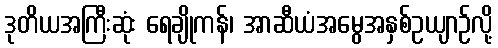
ဒုတိယအကြီးဆုံး ရေချိုကန်၊ အာဆီယံအမွေအနှစ်ဥယျာဉ်လို့